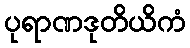
ပုရာဏဒုတိယိကံ